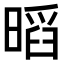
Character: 𭧏